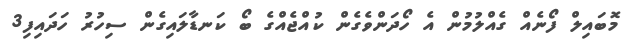
މޮބައިލް ފޯނެއް ގެއްލުމުން އެ ހޯދަންވެގެން ކުއްޖެއްގެ ބޯ ކަނޑާލައިގެން ސިހުރު ހަދައިފި3